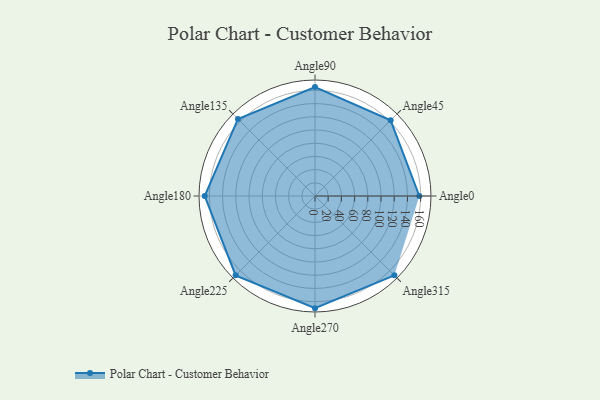
{"axis": {"x": "Angle", "y": "Radius"}, "legend": [""], "data": [{"x": "Angle0", "y": 158.0, "type": ""}, {"x": "Angle45", "y": 162.0, "type": ""}, {"x": "Angle90", "y": 165.0, "type": ""}, {"x": "Angle135", "y": 165.0, "type": ""}, {"x": "Angle180", "y": 167.0, "type": ""}, {"x": "Angle225", "y": 170, "type": ""}, {"x": "Angle270", "y": 170, "type": ""}, {"x": "Angle315", "y": 170, "type": ""}]}